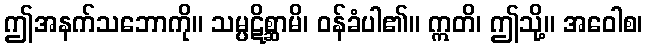
ဤအနက်သဘောကို။ သမ္ပဋိစ္ဆာမိ၊ ဝန်ခံပါ၏။ ဣတိ၊ ဤသို့။ အဝေါစ၊